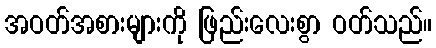
အဝတ်အစားများကို ဖြည်းလေးစွာ ဝတ်သည်။